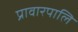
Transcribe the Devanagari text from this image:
प्रावारपालि